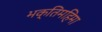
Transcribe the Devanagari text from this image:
भक्तिमहिमा